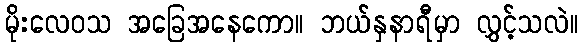
မိုးလေဝသ အခြေအနေကော။ ဘယ်နှနာရီမှာ လွှင့်သလဲ။